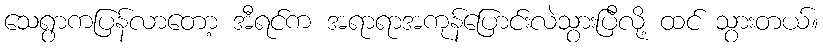
သေရွာကပြန်လာတော့ အီရင်က အရာရာအကုန်ပြောင်းလဲသွားပြီလို့ ထင် သွားတယ်။